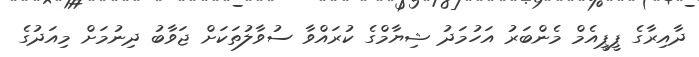
ދާއިރާގެ ޕީޕީއެމް މެންބަރު އަހުމަދު ޝިޔާމްގެ ކުރައްވާ ސުވާލުތަކަށް ޖަވާބު ދިނުމަށް މިއަދުގެ